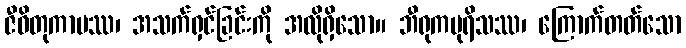
ဇီဝိတုကာမဿ၊ အသက်ရှင်ခြင်းကို အလိုရှိသော။ ဘီရုကပုရိသဿ၊ ကြောက်တတ်သော